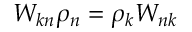
W _ { k n } \rho _ { n } = \rho _ { k } W _ { n k }